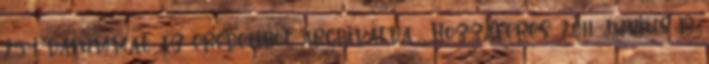
25-i dátummal az eredetiből archiválva . Hozzáférés: 2011. június 19.